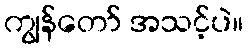
ကျွန်တော် အသင့်ပဲ။